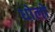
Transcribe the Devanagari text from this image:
धोलो